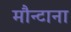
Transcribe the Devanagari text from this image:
मौन्टाना